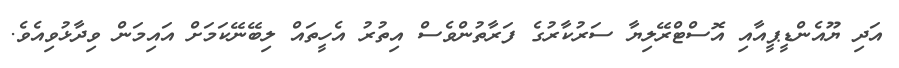
އަދި ޔޫއެންޑީޕީއާއި އޮސްޓްރޭލިޔާ ސަރުކާރުގެ ފަރާތުންވެސް އިތުރު އެހީތައް ލިބޭނޭކަމަށް އައިމަން ވިދާޅުވިއެވެ.